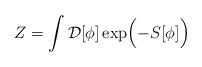
LaTeX: \begin{align*}Z=\int{\cal D}[\phi] \exp\Bigl(-S[\phi]\Bigr)\end{align*}